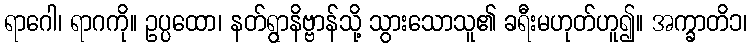
ရာဂေါ၊ ရာဂကို။ ဥပ္ပထော၊ နတ်ရွာနိဗ္ဗာန်သို့ သွားသောသူ၏ ခရီးမဟုတ်ဟူ၍။ အက္ခာတိ၁၊